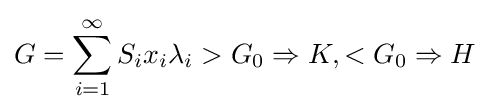
G=\sum _{i=1}^{\infty }S_{i}x_{i}\lambda _{i}>G_{0}\Rightarrow K,<G_{0}\Rightarrow H